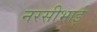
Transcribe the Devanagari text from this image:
नरसीभाई